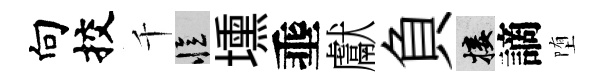
向挍千忆壎埀獻負接謫堕